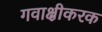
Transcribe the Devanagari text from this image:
गवाक्षीकरक